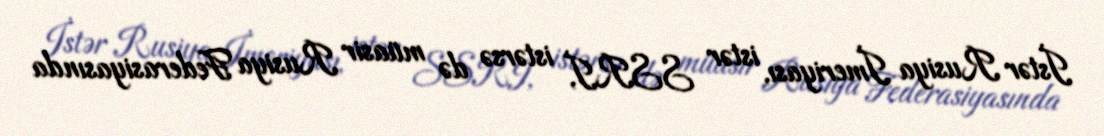
İstər Rusiya İmeriyası, istər SSRİ, istərsə də müasir Rusiya Federasiyasında